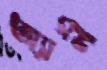
অ্যানী